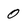
Character: 0